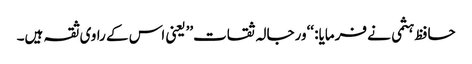
حافظ ہثمی نے فرمایا: ‘‘ورجالہ ثقات’’یعنی اس کے راوی ثقہ ہیں۔